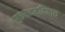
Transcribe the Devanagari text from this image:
गुरुतत्त्वमविज्ञाय